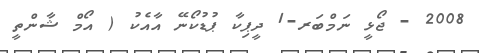
2008 - ޖޯޅީ ނަމްބަރ-1 ދީޕިކާ ޕުޑުކޯނޭ އާއެކު ( އޯމް ޝާންތީ